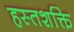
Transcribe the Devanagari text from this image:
हस्तशक्ति